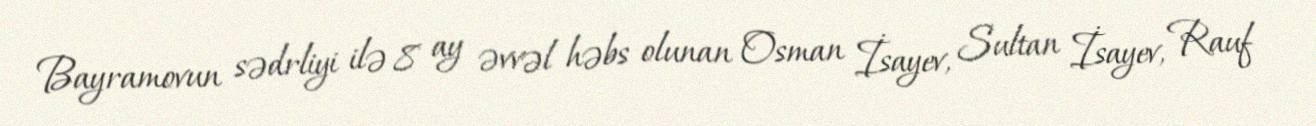
Bayramovun sədrliyi ilə 8 ay əvvəl həbs olunan Osman İsayev, Sultan İsayev, Rauf